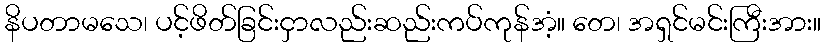
နိပတာမသေ၊ ပင့်ဖိတ်ခြင်းငှာလည်းဆည်းကပ်ကုန်အံ့။ တေ၊ အရှင်မင်းကြီးအား။